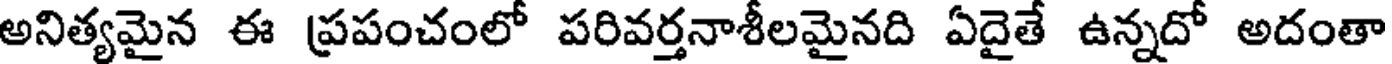
అనిత్యమైన ఈ ప్రపంచంలో పరివర్తనాశీలమైనది ఏదైతే ఉన్నదో అదంతా